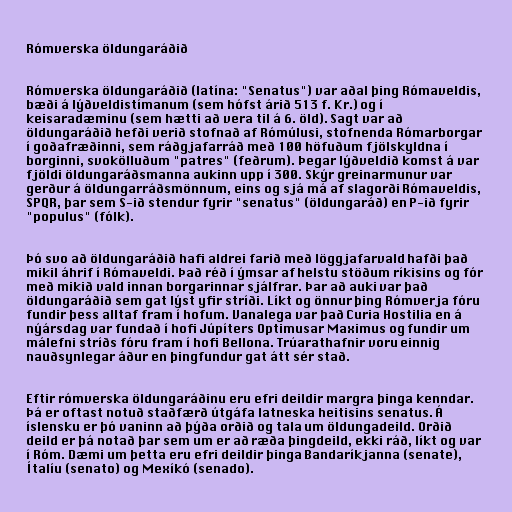
Rómverska öldungaráðið

Rómverska öldungaráðið (latína: "Senatus") var aðal þing Rómaveldis,
bæði á lýðveldistímanum (sem hófst árið 513 f. Kr.) og í
keisaradæminu (sem hætti að vera til á 6. öld). Sagt var að
öldungaráðið hefði verið stofnað af Rómúlusi, stofnenda Rómarborgar
í goðafræðinni, sem ráðgjafarráð með 100 höfuðum fjölskyldna í
borginni, svokölluðum "patres" (feðrum). Þegar lýðveldið komst á var
fjöldi öldungaráðsmanna aukinn upp í 300. Skýr greinarmunur var
gerður á öldungarráðsmönnum, eins og sjá má af slagorði Rómaveldis,
SPQR, þar sem S-ið stendur fyrir "senatus" (öldungaráð) en P-ið fyrir
"populus" (fólk).

Þó svo að öldungaráðið hafi aldrei farið með löggjafarvald hafði það
mikil áhrif í Rómaveldi. Það réð í ýmsar af helstu stöðum ríkisins og fór
með mikið vald innan borgarinnar sjálfrar. Þar að auki var það
öldungaráðið sem gat lýst yfir stríði. Líkt og önnur þing Rómverja fóru
fundir þess alltaf fram í hofum. Vanalega var það Curia Hostilia en á
nýársdag var fundað í hofi Júpíters Optimusar Maximus og fundir um
málefni stríðs fóru fram í hofi Bellona. Trúarathafnir voru einnig
nauðsynlegar áður en þingfundur gat átt sér stað.

Eftir rómverska öldungaráðinu eru efri deildir margra þinga kenndar.
Þá er oftast notuð staðfærð útgáfa latneska heitisins senatus. Á
íslensku er þó vaninn að þýða orðið og tala um öldungadeild. Orðið
deild er þá notað þar sem um er að ræða þingdeild, ekki ráð, líkt og var
í Róm. Dæmi um þetta eru efri deildir þinga Bandaríkjanna (senate),
Ítalíu (senato) og Mexíkó (senado).